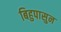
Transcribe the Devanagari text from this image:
बिहुपासुन